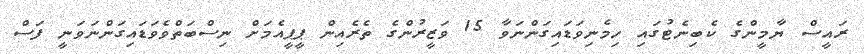
ރައީސް ޔާމީންގެ ކެބިނެޓުގައި ހިމެނިވަޑައިގަންނަވާ 15 ވަޒީރުންގެ ތެރެއިން ޕީޕީއެމަށް ނިސްބަތްވެވަޑައިގަންނަވަނީ ފަސް